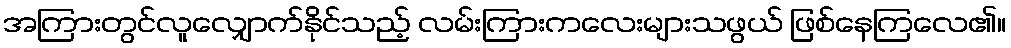
အကြားတွင်လူလျှောက်နိုင်သည့် လမ်းကြားကလေးများသဖွယ် ဖြစ်နေကြလေ၏။